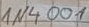
Text: 1N4001